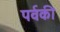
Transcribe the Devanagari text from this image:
पर्वकी